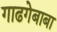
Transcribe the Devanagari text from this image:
गाढगेबाबा